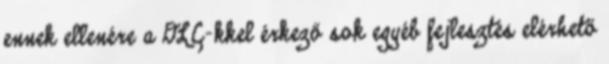
ennek ellenére a DLC-kkel érkező sok egyéb fejlesztés elérhető